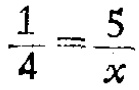
$\frac{1}{4}=\frac{5}{x}$